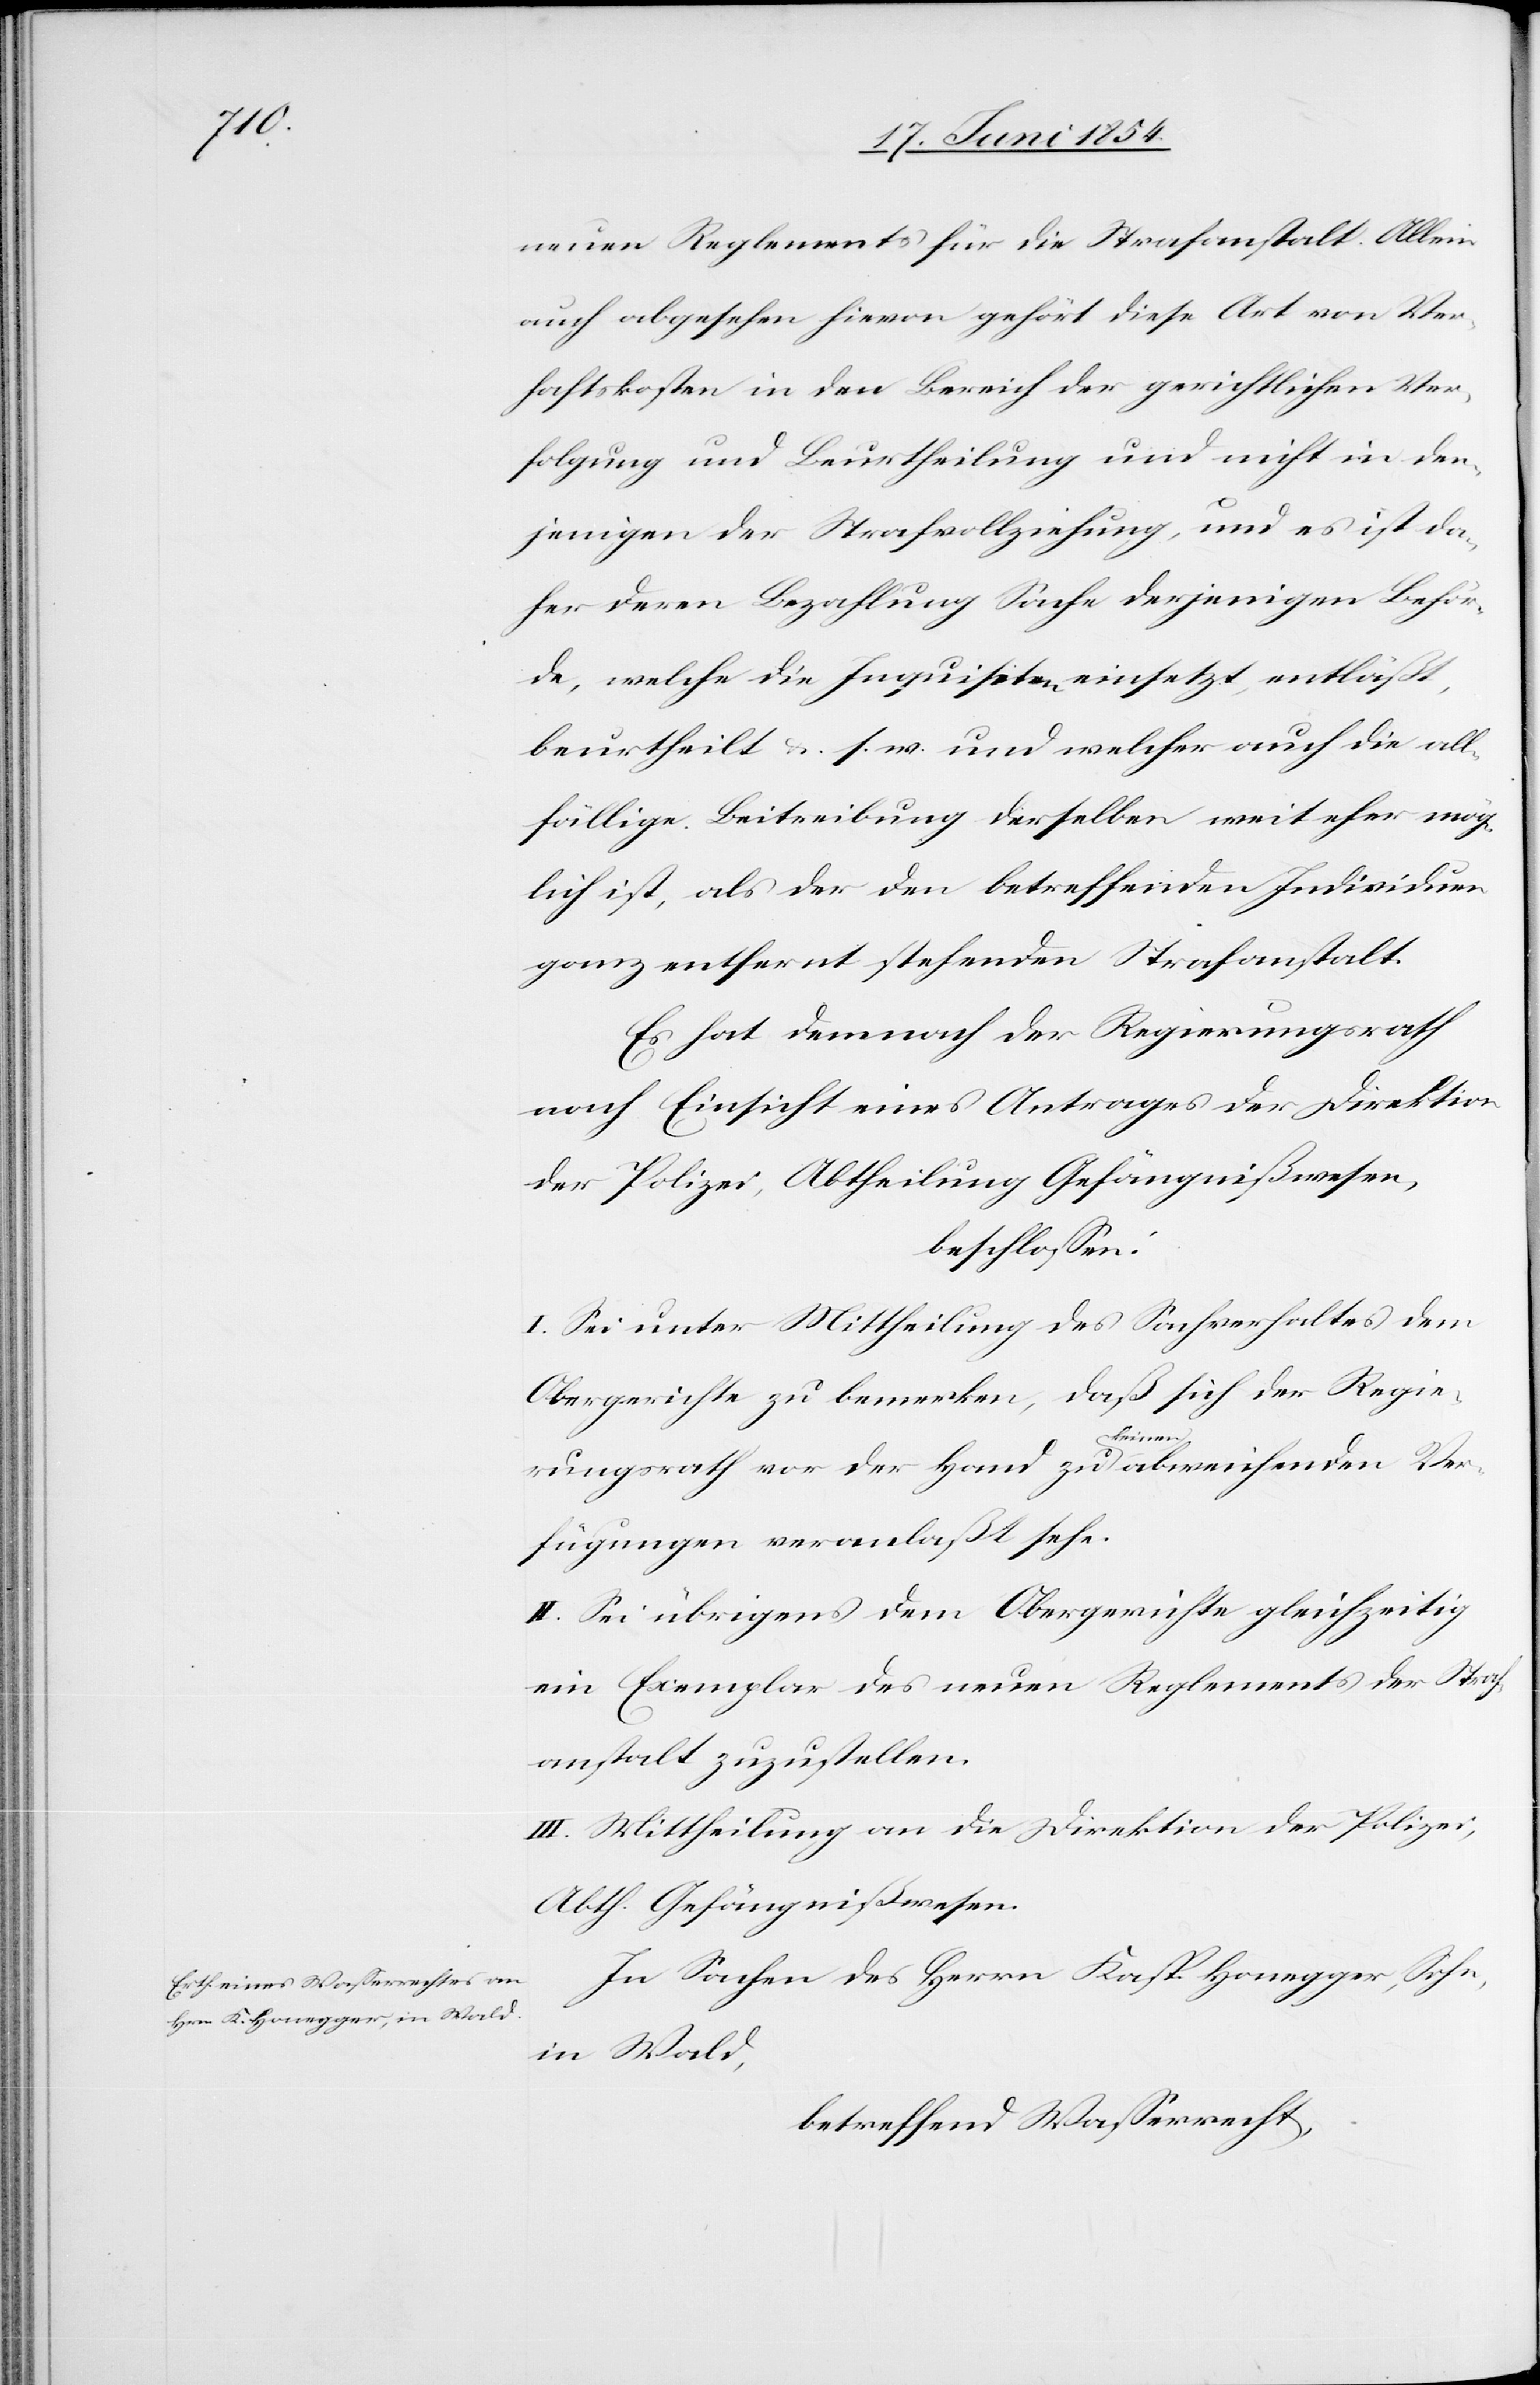
neuen Reglements für die Strafanstalt. Allein
auch abgesehen hievon gehört diese Art von Ver¬
haftskosten in den Bereich der gerichtlichen Ver¬
folgung und Beurtheilung und nicht in den¬
jenigen der Strafvollziehung, und es ist da¬
her deren Bezahlung Sache derjenigen Behör¬
de, welche die Inquisiten einsetzt, entläßt,
beurtheilt u. s. w. und welcher auch die all¬
fällige Beitreibung derselben weit eher mög¬
lich ist, als der den betreffenden Individuen
ganz entfernt stehenden Strafanstalt.
Es hat demnach der Regierungsrath
nach Einsicht eines Antrages der Direktion
der Polizei, Abtheilung Gefängnißwesen,
beschloßen:
I. Sei unter Mittheilung des Sachverhaltes dem
Obergerichte zu bemerken, daß sich der Regie¬
rungsrath vor der Hand zu a-keinen-a abweichenden Ver¬
fügungen veranlaßt sehe.
II. Sei übrigens dem Obergerichte gleichzeitig
ein Exemplar des neuen Reglements der Straf¬
anstalt zuzustellen.
III. Mittheilung an die Direktion der Polizei,
Abth. Gefängnißwesen.
In Sachen des Herrn Kasp. Honegger, Sohn,
in Wald,
betreffend Waßerrecht,